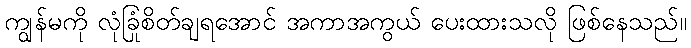
ကျွန်မကို လုံခြုံစိတ်ချရအောင် အကာအကွယ် ပေးထားသလို ဖြစ်နေသည်။